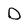
Character: D